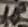
Text: 18